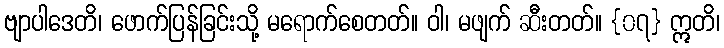
ဗျာပါဒေတိ၊ ဖောက်ပြန်ခြင်းသို့ မရောက်စေတတ်။ ဝါ၊ မဖျက် ဆီးတတ်။ {၀၇} ဣတိ၊